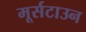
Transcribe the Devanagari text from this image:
मूर्सटाउन